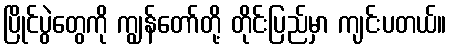
ပြိုင်ပွဲတွေကို ကျွန်တော်တို့ တိုင်းပြည်မှာ ကျင်းပတယ်။